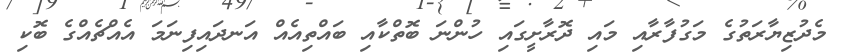
މެދުޒިޔާރަތުގެ މަގުފާރާއި މައި ދޮރާށީގައި ހުންނަ ބޮތްކާއި ބައްތިއެއް އަނދައިފިނަމަ އެއްޗެއްގެ ބޮކި